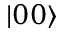
| 0 0 \rangle